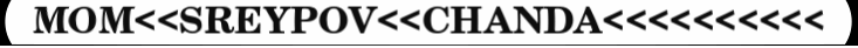
MOM<<SREYPOV<<CHANDA<<<<<<<<<<